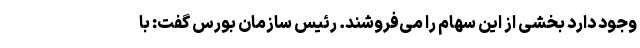
وجود دارد بخشی از این سهام را می‌فروشند. رئیس سازمان بورس گفت: با